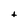
Character: t